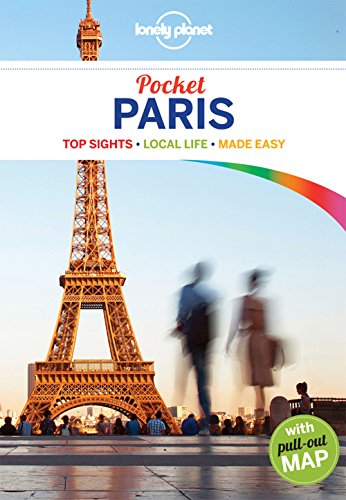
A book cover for Lonely Planet Pocket Paris (Travel Guide); Lonely Planet; Travel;